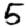
Digit: 5